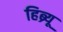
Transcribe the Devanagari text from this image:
हिब्र्यू